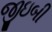
જીઇબી